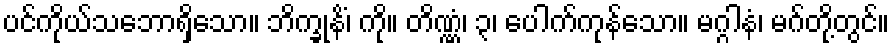
ပင်ကိုယ်သဘောရှိသော။ ဘိက္ခုနိံ၊ ကို။ တိဏ္ဏံ၊ ၃၊ ပေါက်ကုန်သော။ မဂ္ဂါနံ၊ မဂ်တို့တွင်။